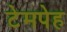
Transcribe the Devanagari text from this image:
टेमपेह